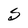
Character: S